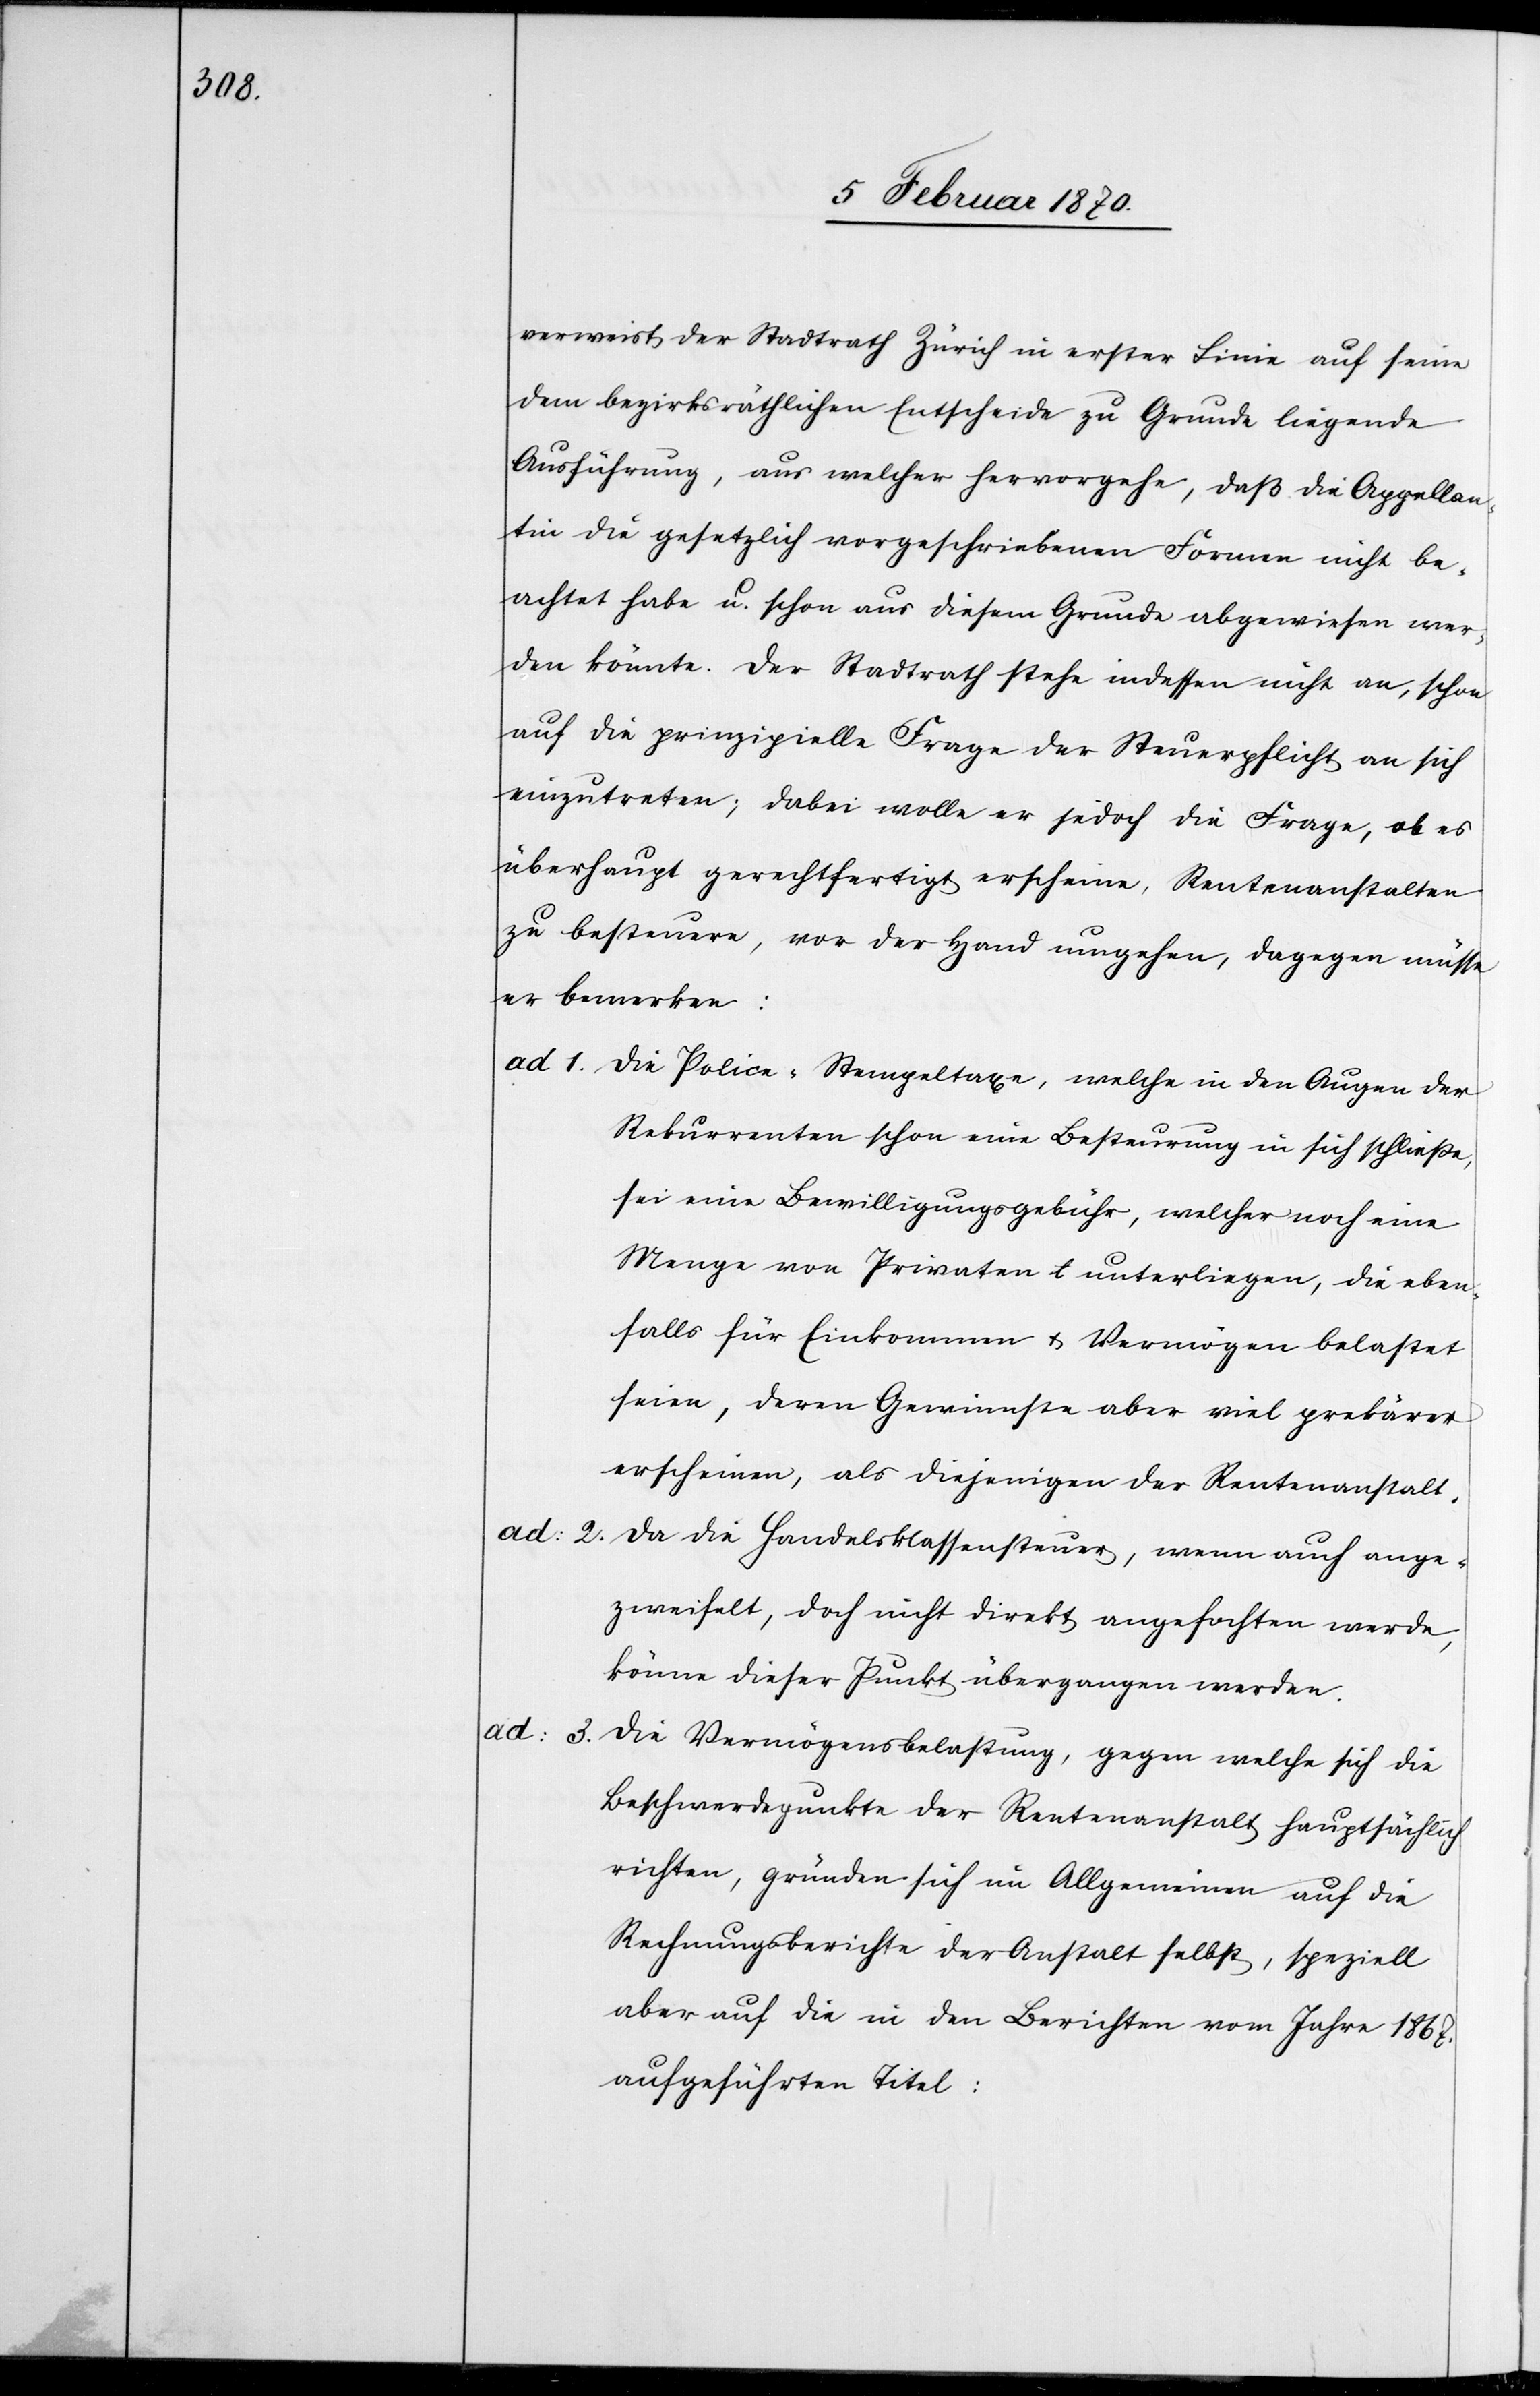
verweist der Stadtrath Zürich in erster Linie auf seine
dem bezirksräthlichen Entscheide zu Grunde liegende
Ausführung, aus welcher hervorgehe, daß die Appellan¬
tin die gesetzlich vorgeschriebenen Formen nicht be¬
achtet habe u. schon aus diesem Grunde abgewiesen wer¬
den könnte. Der Stadtrath stehe indessen nicht an, schon
auf die prinzipielle Frage der Steuerpflicht an sich
einzutreten; dabei wolle er jedoch die Frage, ob es
überhaupt gerechtfertigt erscheine, Rentenanstalten
zu besteuern, vor der Hand umgehen, dagegen müsse
er bemerken:
ad 1. Die Police-Stempeltaxe, welche in den Augen der
Rekurrenten schon eine Besteurung in sich schliesse,
sei eine Bewilligungsgebühr, welcher noch eine
Menge von Privaten unterliegen, die eben¬
falls für Einkommen u. Vermögen belastet
seien, deren Gewinnste aber viel prekärer
erscheinen, als diejenigen der Rentenanstalt.
ad: 2. Da die Handelsklassensteuer, wenn auch ange¬
zweifelt, doch nicht direkt angefochten werde,
könne dieser Punkt übergangen werden.
Die Vermögensbelastung, gegen welche sich die
Beschwerdepunkte der Rentenanstalt hauptsächlich
richten, gründen sich im Allgemeinen auf die
Rechnungsberichte der Anstalt selbst, speziell
aber auf die in den Berichten vom Jahre 1867.
aufgeführten Titel: